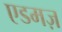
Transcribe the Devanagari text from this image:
एडमज़